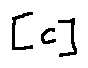
[ c ]